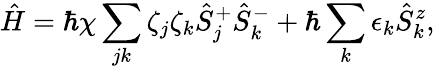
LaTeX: \hat{H}=\hbar\chi\sum_{jk}\zeta_{j}\zeta_{k}\hat{S}_{j}^{+}\hat{S}_{k}^{-}+\hbar\sum_{k}\epsilon_{k}\hat{S}_{k}^{z},